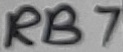
Text: RB7